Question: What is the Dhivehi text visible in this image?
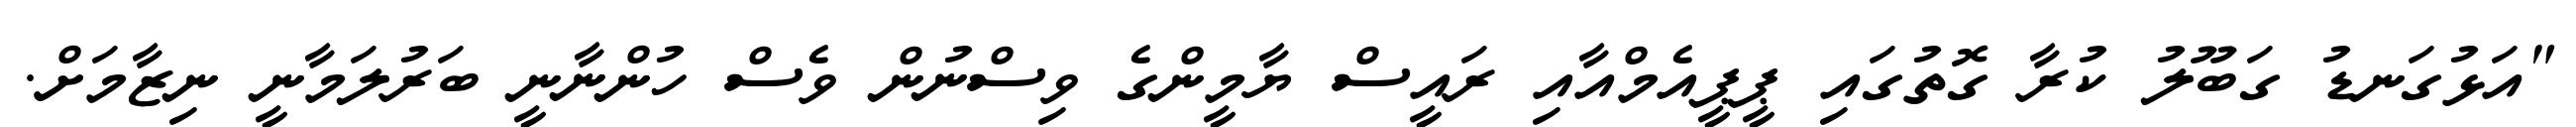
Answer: "އަޅުގަނޑު ގަބޫލު ކުރާ ގޮތުގައި ޕީޕީއެމްއާއި ރައީސް ޔާމީންގެ ވިސްނުން ވެސް ހުންނާނީ ބަރުލަމާނީ ނިޒާމަށް.